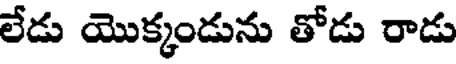
లేడు యొక్కండును తోడు రాడు